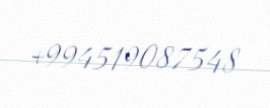
+994519087548